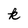
Character: k